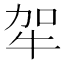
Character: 𤙄